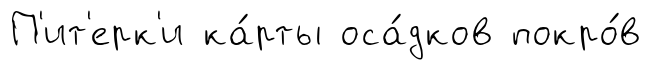
П'ит'ерк'и ка́рты оса́дков покро́в